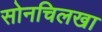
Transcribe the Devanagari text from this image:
सोनचिलखा